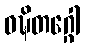
ဝဍ္ဎိတဂ္ဂေါ